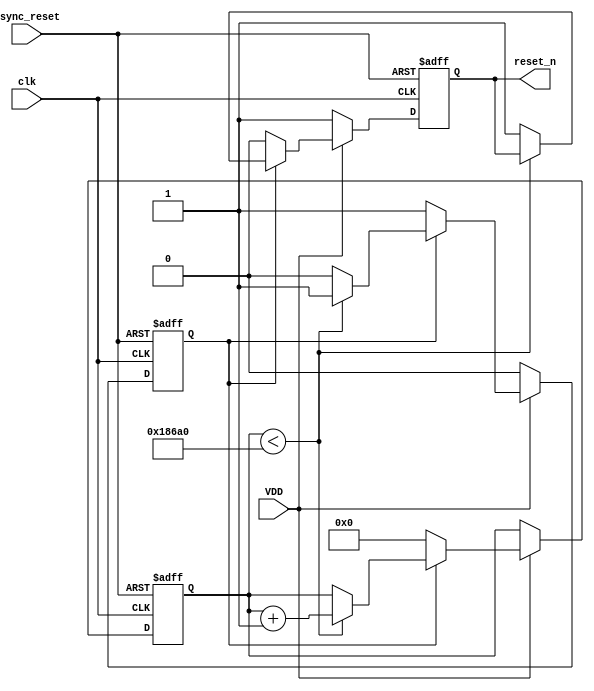
module PowerOnReset (
    input wire VDD,            // Power supply signal
    input wire async_reset,    // Asynchronous reset input
    input wire clk,            // Clock signal
    output reg reset_n         // Active low reset signal
);

    // Parameters
    parameter RESET_DURATION = 100_000; // Duration of reset in clock cycles (adjust as needed)
    
    // State variables
    reg [31:0] counter;        // Counter for timing control
    reg por_active;            // Indicates if POR is active

    // Initial block for reset signal
    initial begin
        reset_n = 1'b1;       // Reset is deasserted (active low)
        counter = 32'b0;      // Initialize counter
        por_active = 1'b0;    // POR not active initially
    end

    // Monitor power supply and generate reset signal
    always @(posedge clk or posedge async_reset) begin
        if (async_reset) begin
            reset_n <= 1'b0;   // Assert reset immediately on async reset
            counter <= 32'b0;   // Reset counter
            por_active <= 1'b0;  // Reset POR active flag
        end else if (VDD) begin
            if (!por_active) begin
                // Start the POR sequence
                por_active <= 1'b1;
                counter <= 32'b0; // Reset counter
                reset_n <= 1'b0;  // Assert reset
            end else if (counter < RESET_DURATION) begin
                counter <= counter + 1; // Increment counter
            end else begin
                reset_n <= 1'b1;  // Deassert reset after duration
                por_active <= 1'b0; // Reset POR active flag
            end
        end else begin
            // If VDD goes low, deassert reset
            reset_n <= 1'b1; // Deassert reset if power is lost
            por_active <= 1'b0; // Reset POR active flag
        end
    end

endmodule